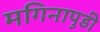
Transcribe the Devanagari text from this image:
मगिनापुडी